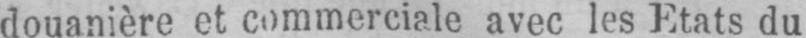
douanière et commerciale avec les Etats du